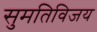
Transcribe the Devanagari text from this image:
सुमतिविजय